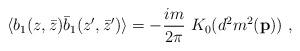
LaTeX: \begin{align*}\langle b_1(z,\bar{z}) \bar{b}_1(z',\bar{z}') \rangle=-{im \over 2\pi}~ K_0(d^2 m^2({\bf p}))~,\end{align*}